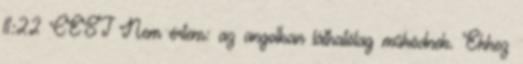
11:22 CEST Nem értem: az angolban láthatólag működnek. Ehhez